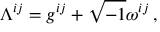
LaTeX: \Lambda ^ { i j } = g ^ { i j } + \sqrt { - 1 } \omega ^ { i j } \, ,